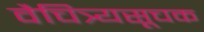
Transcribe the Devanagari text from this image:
वैचित्र्यसूचक